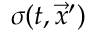
\sigma ( t , { \vec { x } ^ { \prime } } )